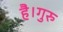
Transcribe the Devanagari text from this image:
है।गुरु